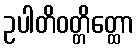
ဥပါတိဝတ္တိတ္ထော